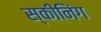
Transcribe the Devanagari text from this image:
स्कीनिंग